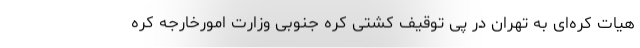
هیات کره‌ای به تهران در پی توقیف کشتی کره جنوبی وزارت امورخارجه کره